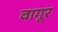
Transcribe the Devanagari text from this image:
वागूर